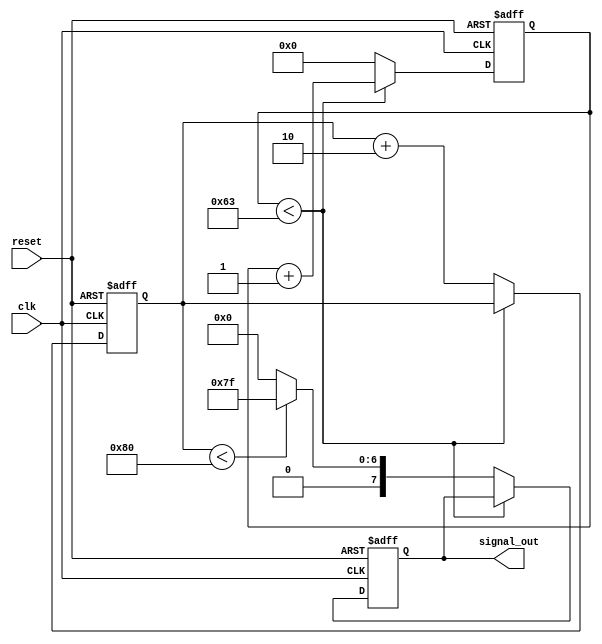
module ParameterizedSignalGenerator #(
    parameter SIGNAL_TYPE = 0,  // 0: Square, 1: Sine, 2: Triangular, 3: Sawtooth
    parameter FREQ = 1,          // Frequency in Hz
    parameter AMPLITUDE = 8'd127,// Amplitude (max value for output)
    parameter PHASE_OFFSET = 0   // Phase offset in degrees
)(
    input wire clk,              // Clock signal
    input wire reset,            // Asynchronous reset
    output reg [7:0] signal_out  // Output generated signal
);

localparam SAMPLE_FREQ = 100;  // Sample frequency for generating signals (in Hz)
localparam MAX_COUNT = SAMPLE_FREQ / FREQ; // Count limit for frequency generation
reg [7:0] count;                // Counter for generating signals
reg [7:0] phase;                // Phase accumulator

// State machine for signal generation
always @(posedge clk or posedge reset) begin
    if (reset) begin
        signal_out <= 0;
        count <= 0;
        phase <= 0;
    end else begin
        if (count < MAX_COUNT - 1) begin
            count <= count + 1;
        end else begin
            count <= 0;
            phase <= phase + (256 / SAMPLE_FREQ); // Increment phase based on sample frequency

            // Normalize phase with respect to the amplitude and phase offset
            case (SIGNAL_TYPE)
                0: begin // Square wave
                    signal_out <= (phase < 128) ? AMPLITUDE : 0;
                end
                1: begin // Sine wave (approximated using a lookup table)
                    signal_out <= AMPLITUDE * $sin((phase + PHASE_OFFSET * 256 / 360) * (3.14159 / 128));
                end
                2: begin // Triangular wave
                    if (phase < 128) begin
                        signal_out <= phase * AMPLITUDE / 128;
                    end else begin
                        signal_out <= (255 - phase) * AMPLITUDE / 128;
                    end
                end
                3: begin // Sawtooth wave
                    signal_out <= phase * AMPLITUDE / 255;
                end
                default: begin
                    signal_out <= 0; // Default case
                end
            endcase
        end
    end
end

endmodule